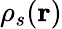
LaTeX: \rho_{s}(\mathbf{r})